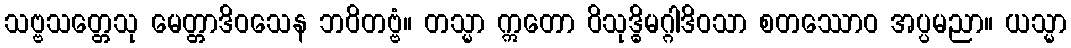
သဗ္ဗသတ္တေသု မေတ္တာဒိဝသေန ဘဝိတဗ္ဗံ။ တသ္မာ ဣတော ဝိသုဒ္ဓိမဂ္ဂါဒိဝသာ စတဿောဝ အပ္ပမညာ။ ယသ္မာ